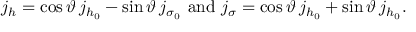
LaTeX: j _ { h } = \cos \vartheta \, j _ { h _ { 0 } } - \sin \vartheta \, j _ { \sigma _ { 0 } } \mathrm { ~ a n d ~ } j _ { \sigma } = \cos \vartheta \, j _ { h _ { 0 } } + \sin \vartheta \, j _ { h _ { 0 } } .